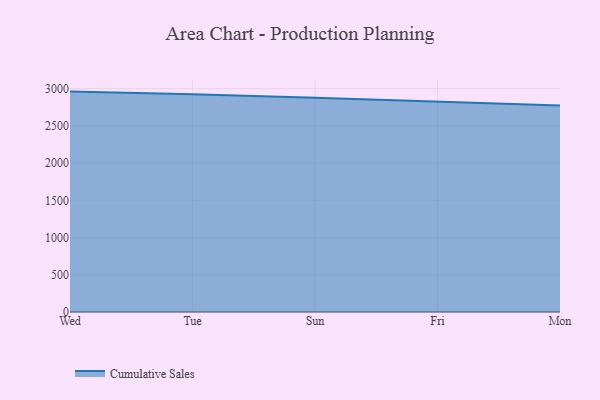
{"axis": {"x": "Day", "y": "Production Output"}, "legend": ["Cumulative Sales"], "data": [{"x": "Wed", "y": 2960.0, "type": "Cumulative Sales"}, {"x": "Tue", "y": 2924.4, "type": "Cumulative Sales"}, {"x": "Sun", "y": 2875.8, "type": "Cumulative Sales"}, {"x": "Fri", "y": 2823.4, "type": "Cumulative Sales"}, {"x": "Mon", "y": 2774.7, "type": "Cumulative Sales"}]}